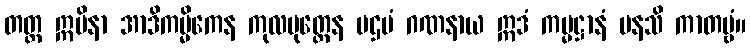
တတ္ထ ဣမိနာ အာဒိကမ္မိကေန ကုလပုတ္တေန ပဌမံ ဂဏနာယ ဣဒံ ကမ္မဋ္ဌာနံ မနသိ ကာတဗ္ဗံ။